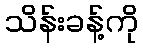
သိန်းခန့်ကို